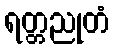
ရတ္တညုတံ